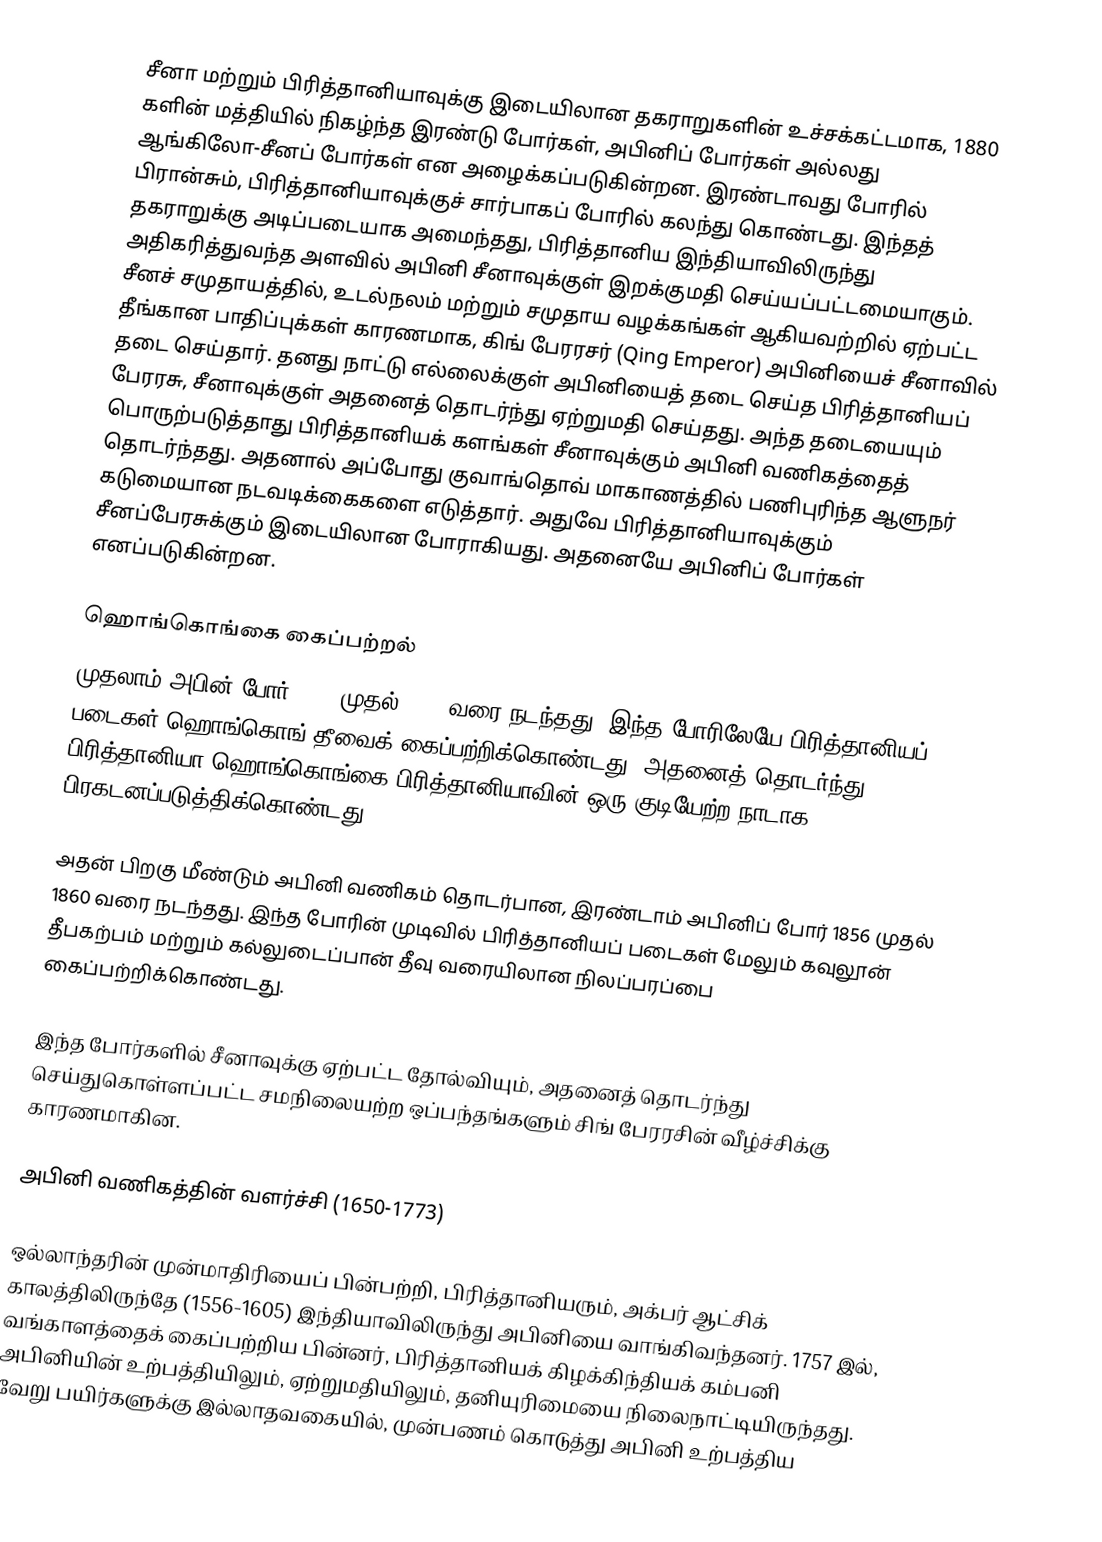
சீனா மற்றும் பிரித்தானியாவுக்கு இடையிலான தகராறுகளின் உச்சக்கட்டமாக, 1880 களின் மத்தியில் நிகழ்ந்த இரண்டு போர்கள், அபினிப் போர்கள் அல்லது ஆங்கிலோ-சீனப் போர்கள் என அழைக்கப்படுகின்றன. இரண்டாவது போரில் பிரான்சும், பிரித்தானியாவுக்குச் சார்பாகப் போரில் கலந்து கொண்டது. இந்தத் தகராறுக்கு அடிப்படையாக அமைந்தது, பிரித்தானிய இந்தியாவிலிருந்து அதிகரித்துவந்த அளவில் அபினி சீனாவுக்குள் இறக்குமதி செய்யப்பட்டமையாகும். சீனச் சமுதாயத்தில், உடல்நலம் மற்றும் சமுதாய வழக்கங்கள் ஆகியவற்றில் ஏற்பட்ட தீங்கான பாதிப்புக்கள் காரணமாக, கிங் பேரரசர் (Qing Emperor) அபினியைச் சீனாவில் தடை செய்தார். தனது நாட்டு எல்லைக்குள் அபினியைத் தடை செய்த பிரித்தானியப் பேரரசு, சீனாவுக்குள் அதனைத் தொடர்ந்து ஏற்றுமதி செய்தது. அந்த தடையையும் பொருற்படுத்தாது பிரித்தானியக் களங்கள் சீனாவுக்கும் அபினி வணிகத்தைத் தொடர்ந்தது. அதனால் அப்போது குவாங்தொவ் மாகாணத்தில் பணிபுரிந்த ஆளுநர் கடுமையான நடவடிக்கைகளை எடுத்தார். அதுவே பிரித்தானியாவுக்கும் சீனப்பேரசுக்கும் இடையிலான போராகியது. அதனையே அபினிப் போர்கள் எனப்படுகின்றன.

ஹொங்கொங்கை கைப்பற்றல்
முதலாம் அபின் போர் 1839 முதல் 1842 வரை நடந்தது. இந்த போரிலேயே பிரித்தானியப் படைகள் ஹொங்கொங் தீவைக் கைப்பற்றிக்கொண்டது. அதனைத் தொடர்ந்து, பிரித்தானியா ஹொங்கொங்கை பிரித்தானியாவின் ஒரு குடியேற்ற நாடாக பிரகடனப்படுத்திக்கொண்டது.

அதன் பிறகு மீண்டும் அபினி வணிகம் தொடர்பான, இரண்டாம் அபினிப் போர் 1856 முதல் 1860 வரை நடந்தது. இந்த போரின் முடிவில் பிரித்தானியப் படைகள் மேலும் கவுலூன் தீபகற்பம் மற்றும் கல்லுடைப்பான் தீவு வரையிலான நிலப்பரப்பை கைப்பற்றிக்கொண்டது.

இந்த போர்களில் சீனாவுக்கு ஏற்பட்ட தோல்வியும், அதனைத் தொடர்ந்து செய்துகொள்ளப்பட்ட சமநிலையற்ற ஒப்பந்தங்களும் சிங் பேரரசின் வீழ்ச்சிக்கு காரணமாகின.

அபினி வணிகத்தின் வளர்ச்சி (1650-1773)

ஒல்லாந்தரின் முன்மாதிரியைப் பின்பற்றி, பிரித்தானியரும், அக்பர் ஆட்சிக் காலத்திலிருந்தே (1556-1605) இந்தியாவிலிருந்து அபினியை வாங்கிவந்தனர். 1757 இல், வங்காளத்தைக் கைப்பற்றிய பின்னர், பிரித்தானியக் கிழக்கிந்தியக் கம்பனி அபினியின் உற்பத்தியிலும், ஏற்றுமதியிலும், தனியுரிமையை நிலைநாட்டியிருந்தது. வேறு பயிர்களுக்கு இல்லாதவகையில், முன்பணம் கொடுத்து அபினி உற்பத்திய